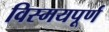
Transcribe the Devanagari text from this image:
विस्मयपूर्ण